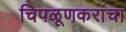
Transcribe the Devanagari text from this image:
चिपळूणकरांचा